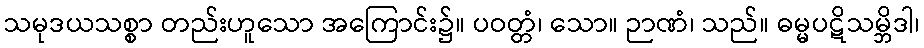
သမုဒယသစ္စာ တည်းဟူသော အကြောင်း၌။ ပဝတ္တံ၊ သော။ ဉာဏံ၊ သည်။ ဓမ္မပဋိသမ္ဘိဒါ၊